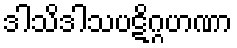
ဒါသိဒါသပဋိဂ္ဂဟဏာ